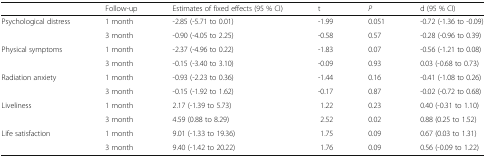
|  | Follow-up | Estimates of fixed effects (95 % CI) | t | P | d (95 % CI) |
 | --- | --- | --- | --- | --- | --- |
 | <ROWSPAN=2> Psychological distress | 1 month | -2.85 (-5.71 to 0.01) | -1.99 | 0.051 | -0.72 (-1.36 to -0.09) |
 | 3 month | -0.90 (-4.05 to 2.25) | -0.58 | 0.57 | -0.28 (-0.96 to 0.39) |
 | <ROWSPAN=2> Physical symptoms | 1 month | -2.37 (-4.96 to 0.22) | -1.83 | 0.07 | -0.56 (-1.21 to 0.08) |
 | 3 month | -0.15 (-3.40 to 3.10) | -0.09 | 0.93 | 0.03 (-0.68 to 0.73) |
 | <ROWSPAN=2> Radiation anxiety | 1 month | -0.93 (-2.23 to 0.36) | -1.44 | 0.16 | -0.41 (-1.08 to 0.26) |
 | 3 month | -0.15 (-1.92 to 1.62) | -0.17 | 0.87 | -0.02 (-0.72 to 0.68) |
 | <ROWSPAN=2> Liveliness | 1 month | 2.17 (-1.39 to 5.73) | 1.22 | 0.23 | 0.40 (-0.31 to 1.10) |
 | 3 month | 4.59 (0.88 to 8.29) | 2.52 | 0.02 | 0.88 (0.25 to 1.52) |
 | <ROWSPAN=2> Life satisfaction | 1 month | 9.01 (-1.33 to 19.36) | 1.75 | 0.09 | 0.67 (0.03 to 1.31) |
 | 3 month | 9.40 (-1.42 to 20.22) | 1.76 | 0.09 | 0.56 (-0.09 to 1.22) |